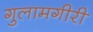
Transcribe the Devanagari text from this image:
गुलामगीरी